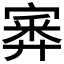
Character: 𡪃